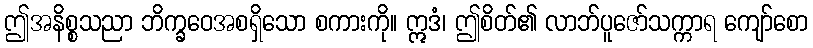
ဤအနိစ္စသညာ ဘိက္ခဝေအစရှိသော စကားကို။ ဣဒံ၊ ဤစိတ်၏ လာဘ်ပူဇော်သက္ကာရ ကျော်စော